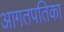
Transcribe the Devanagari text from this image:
आगतपतिका